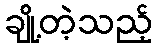
ချို့တဲ့သည့်